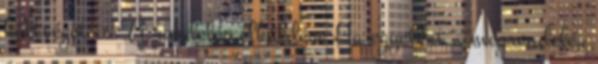
költséget is. A rendelés elküldése Ha egyetért a megrendelés